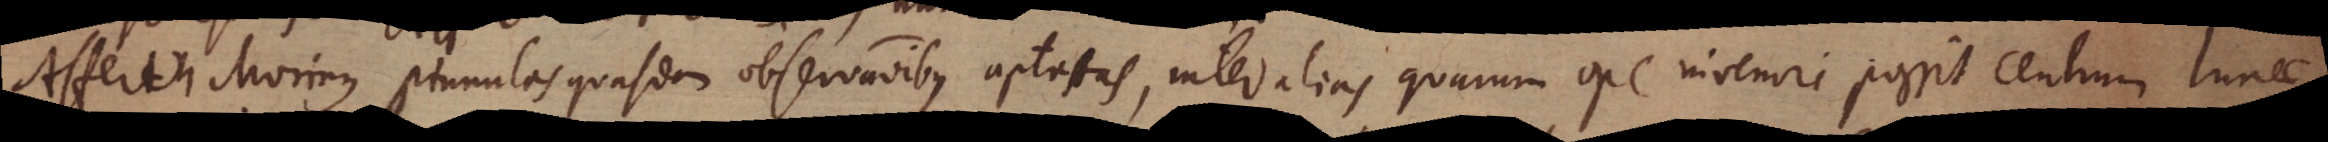
Affert Morinus pinnulas quasdam observationibus aptatas, inter alias quarum ope inveniri possit centrum lunae,